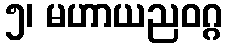
၅၊ မဟာယညဝဂ္ဂ